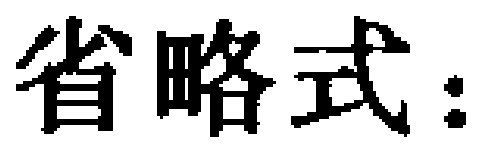
省略式：